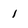
Character: 1